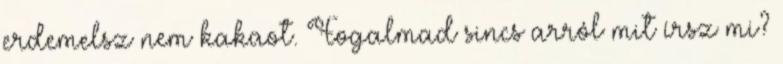
erdemelsz nem kakaot. Fogalmad sincs arról mit írsz mi?